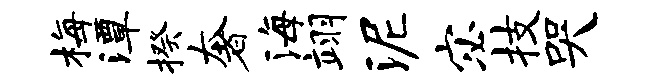
梅潭揆奢海翊泥宓技哭